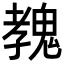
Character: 𩳔